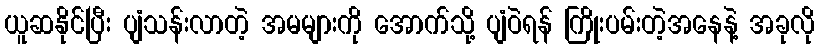
ယူဆနိုင်ပြီး ပျံသန်းလာတဲ့ အမများကို အောက်သို့ ပျံဝဲရန် ကြိုးပမ်းတဲ့အနေနဲ့ အခုလို